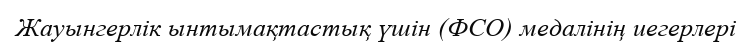
Жауынгерлік ынтымақтастық үшін (ФСО) медалінің иегерлері